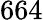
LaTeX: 664